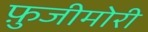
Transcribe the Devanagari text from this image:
फ़ुजीमोरी